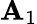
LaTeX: \mathbf{A}_{1}